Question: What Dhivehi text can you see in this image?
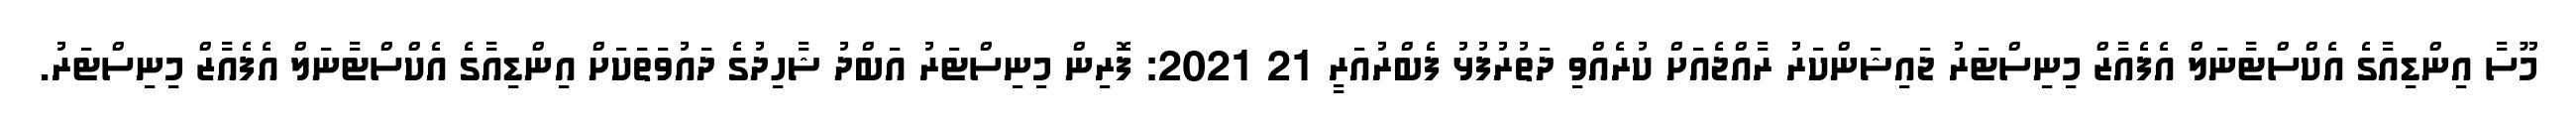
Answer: މޫސާ އިންޑިއާގެ އެކްސްޓާނަލް އެފެއާޒް މިނިސްޓަރު ޖައިޝަންކަރު ރާއްޖެއަށް ކުރެއްވި ދަތުރުފުޅު ފެބްރުއަރީ 21 2021: ފޮރިން މިނިސްޓަރު އަބްދު ޝާހިދުގެ ދައުވަތަކަށް އިންޑިއާގެ އެކްސްޓާނަލް އެފެއާޒް މިނިސްޓަރު.